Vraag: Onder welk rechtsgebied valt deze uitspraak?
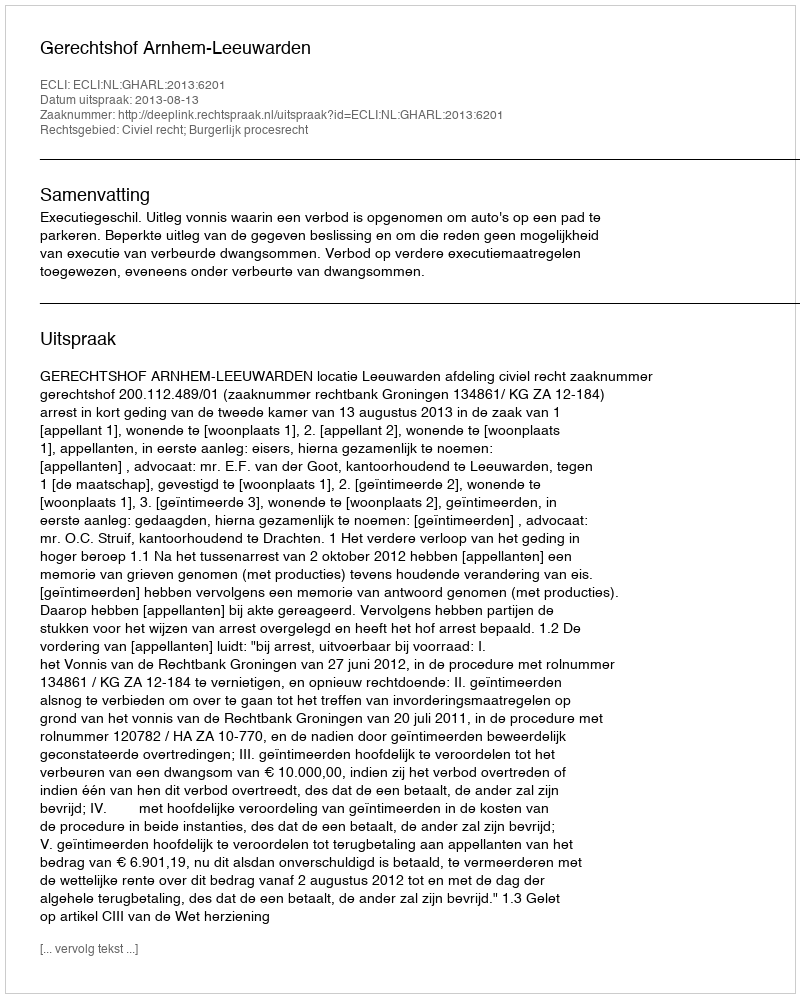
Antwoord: Civiel recht; Burgerlijk procesrecht